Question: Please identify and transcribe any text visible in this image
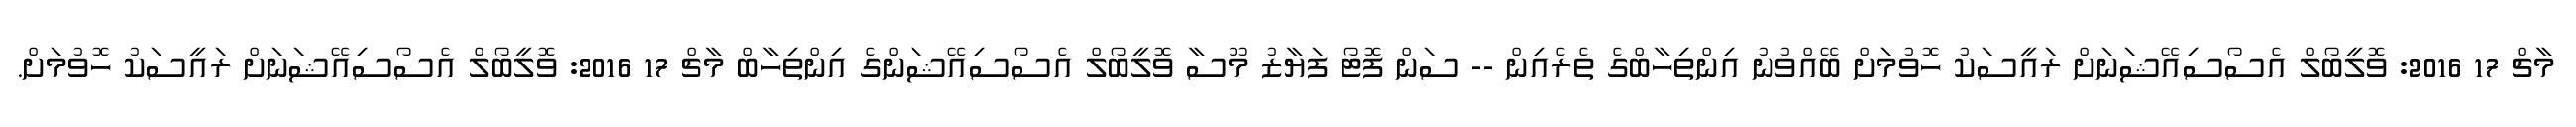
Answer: މާޗް 17 2016: ވޮލީބޯލް އެސޯސިއޭޝަނަށް ރައީސަކު ހޮވުމަށް ބޭއްވުނު އިންތިހާބްގެ ތެރެއިން -- ސަން ފޮޓޯ ފަޔާޒު މޫސާ ވޮލީބޯލް އެސޯސިއޭޝަންގެ އިންތިހާބް މާޗް 17 2016: ވޮލީބޯލް އެސޯސިއޭޝަނަށް ރައީސަކު ހޮވުމަށް.